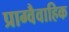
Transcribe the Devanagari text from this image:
प्राग्वैवाहिक